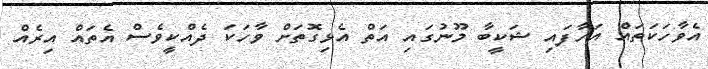
އެވާހަކަތައް އަހާފައި ޝަކީބާ މޫނުގައި އަތް އެޅިގޮތަށް ވާހަކަ ދެއްކީވެސް އެތައް އިރެއް